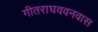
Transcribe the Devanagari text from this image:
गीतराघववनवास